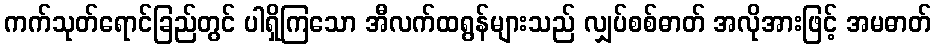
ကက်သုတ်ရောင်ခြည်တွင် ပါရှိကြသော အီလက်ထရွန်များသည် လျှပ်စစ်ဓာတ် အလိုအားဖြင့် အမဓာတ်